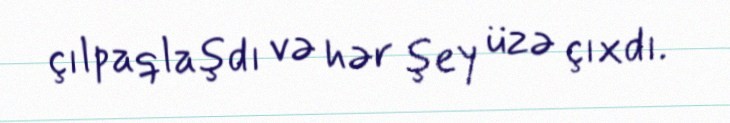
çılpaqlaşdı və hər şey üzə çıxdı.